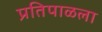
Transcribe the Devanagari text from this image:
प्रतिपाळला